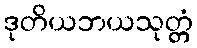
ဒုတိယဘယသုတ္တံ